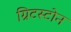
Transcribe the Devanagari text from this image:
ग्रिटस्टोन